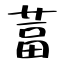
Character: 葍